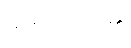
ကျေးဇူးပြု၏